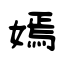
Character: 嫣